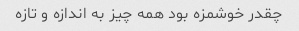
چقدر خوشمزه بود همه چیز به اندازه و تازه